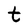
Character: t